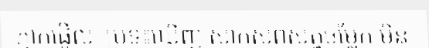
ភ្ញាក់ផ្អើល! ប្រទះឃើញ សាកសពសត្វចម្លែក មិន